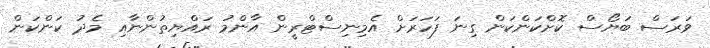
ވަރަސް ބަޔޯސް ކޮށްކަންކަން ގިނަ ފަހަރަށް އެމިނިސްޓްރީން އާންމު ރައްޔިތުންނާއި މެދު ކަންކަން